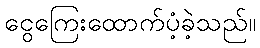
ငွေကြေးထောက်ပံ့ခဲ့သည်။